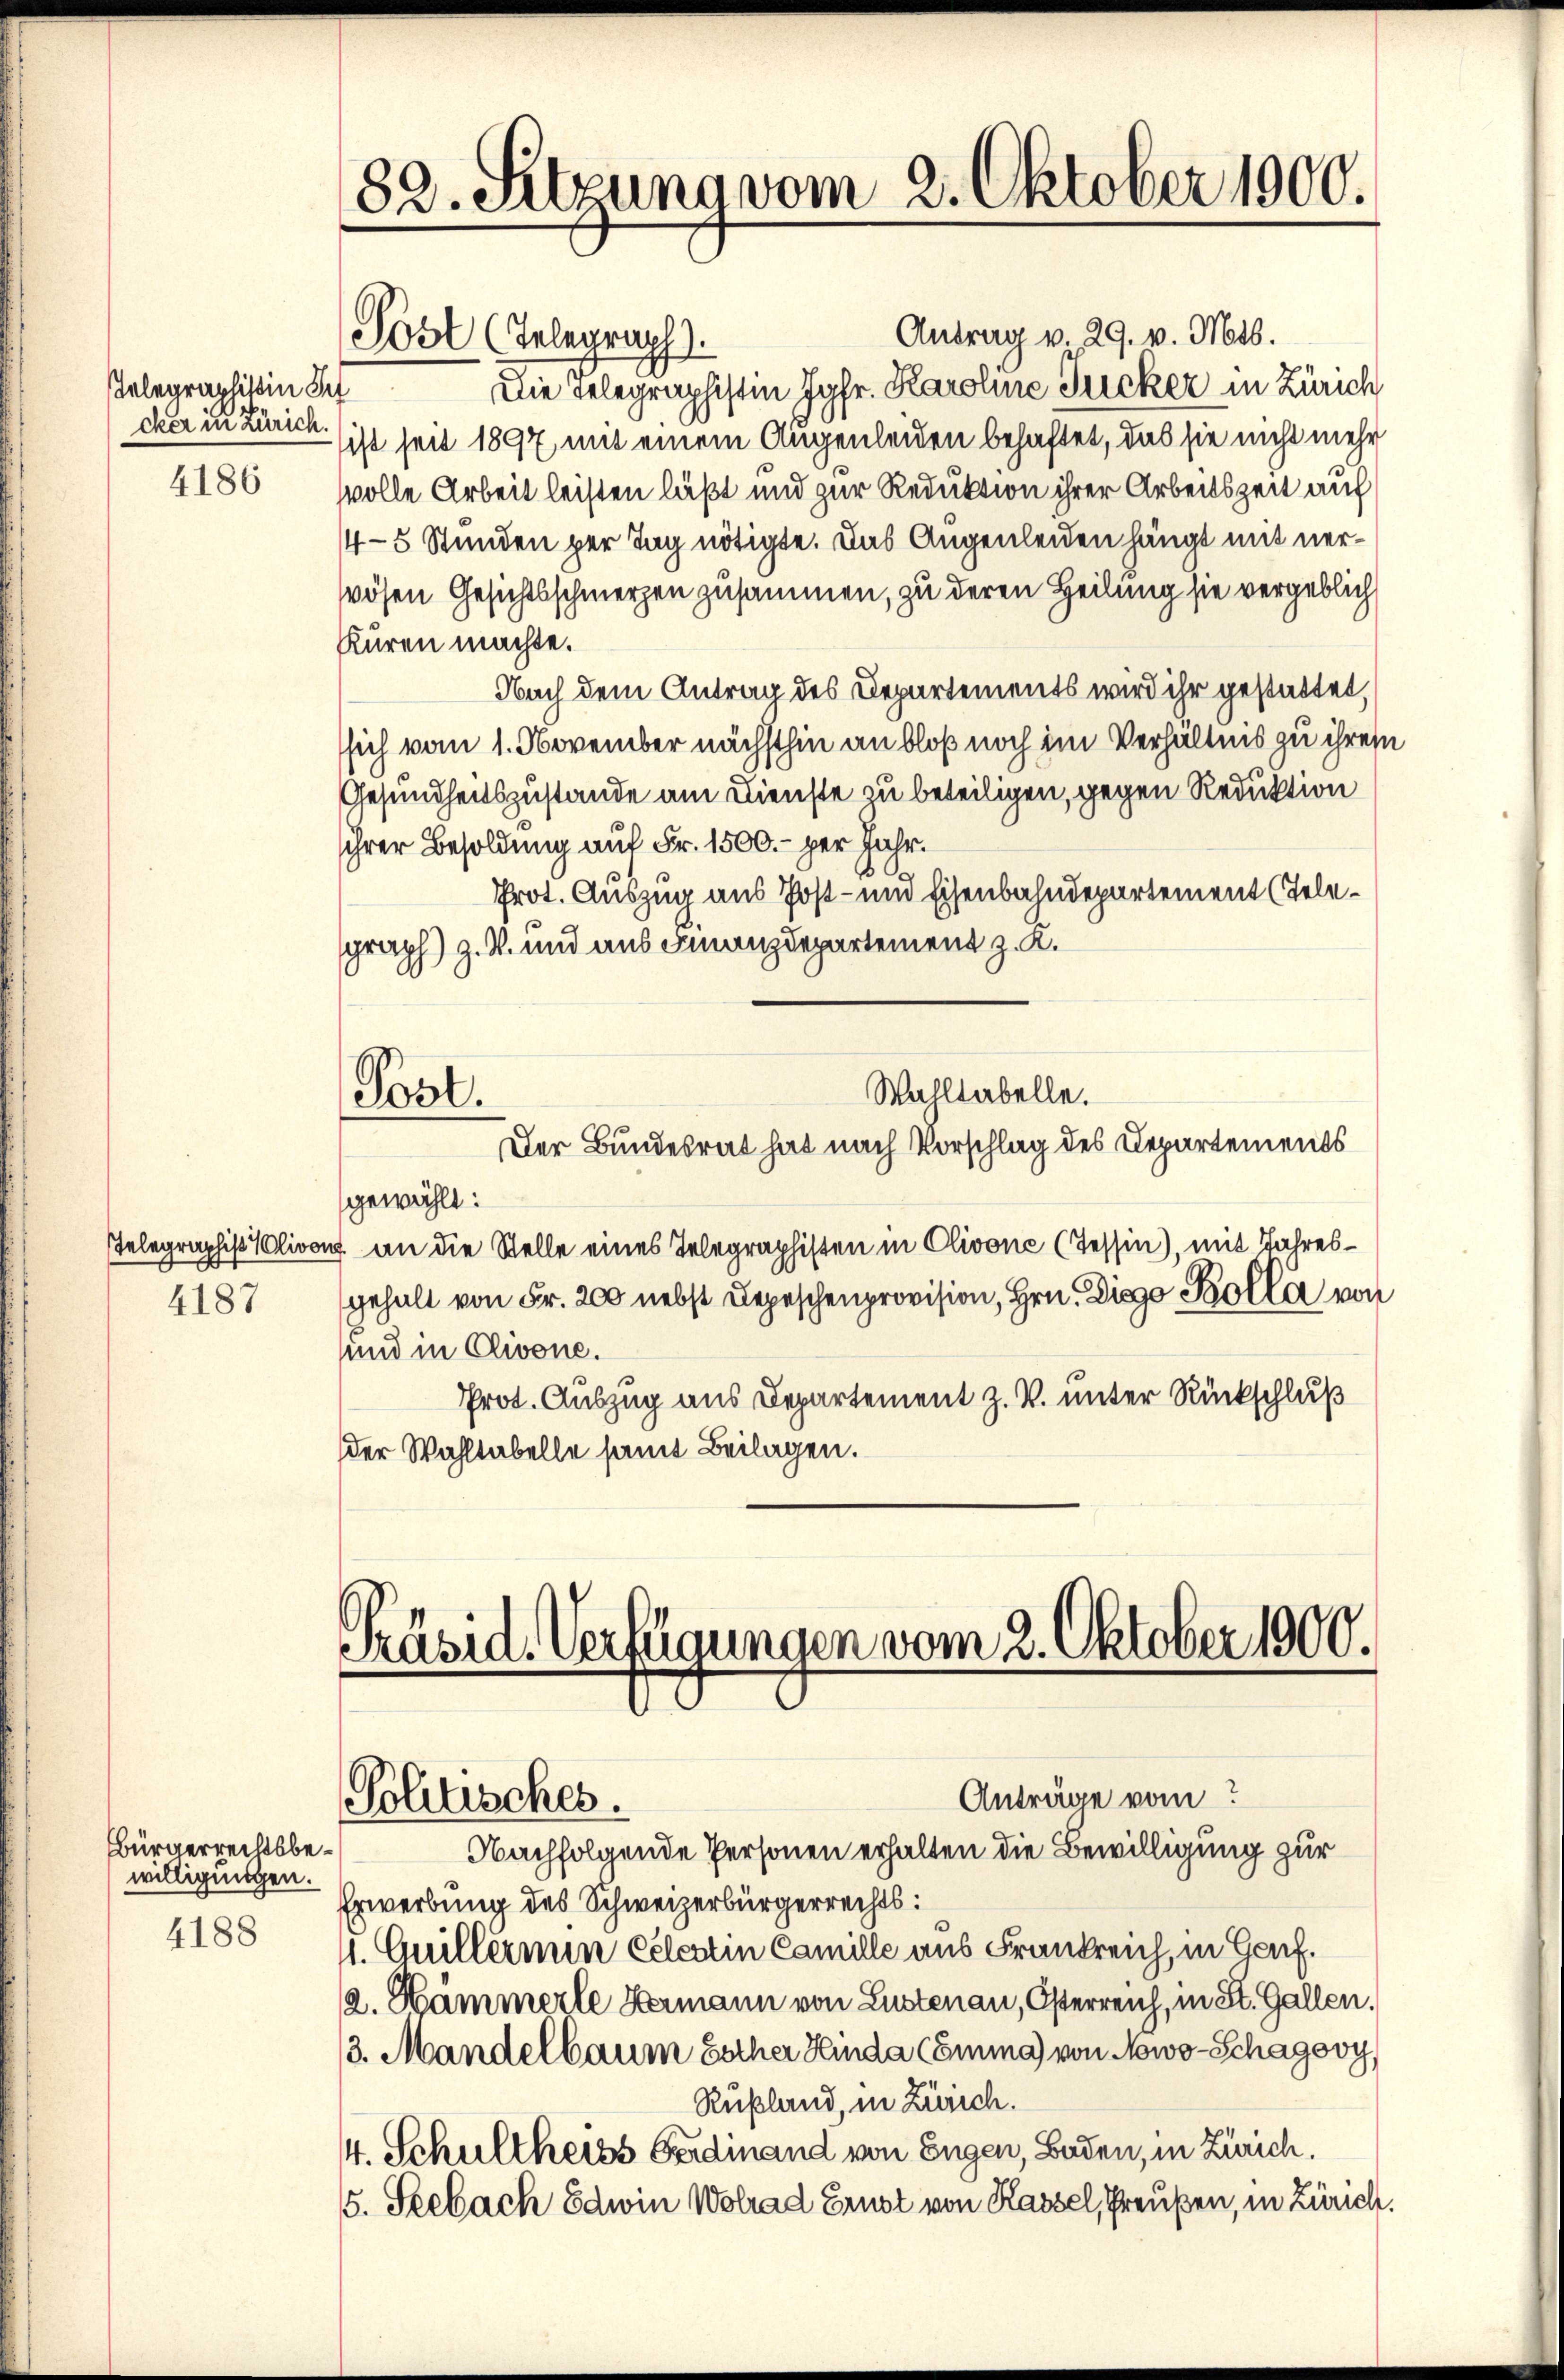
Telegraphistin Sch
cker in Zürich.
4186

4187

Bürgerrechtsbewilligungen.
4188

82. Sitzuna vom 2. Oktober 1900.

Antrag v. 29. v. Mts.
Post (Telegraph
Die Telegraphistin Jgfr. Karoline Zucker in Zürich
sist seit 1897 mit einem Augenleiden behaftet, das sie nicht mehr
svolle Arbeit leisten läßt und zur Reduktion ihrer Arbeitszeit auf
4-5 Stunden per Tag nötigte. Das Augenleiden hängt mit nerwöhen Gesichtsschmerzen zusammen, zu deren Heilung sie vergeblich
Kuren machte.
Nach dem Antrag des Departements wird ihr gestattet,
ssich vom 1. November nächsthin an bloß noch im Verhältnis zu ihrem
Gesundheitszustande am Dienste zu beteiligen, gegen Reduktion
ihrer Besoldung auf Fr. 1500.- per Jahr.
Prot. Auszug aus Post- und Eisenbahndepartement (Telegraph) z. B. und aus Finanzdepartement z. K.
Wahltabelle.
Post.
Der Bundesrat hat nach Vorschlag des Departements
gewählt:
Telegraphis Clivon an die Stelle eines Telegraphisten in Clivone (Tessin), mit Jahresgehalt von Fr. 200 nebst Depeschenprovision, Hrn. Diese Bolle von
und in Clivone.
Prot. Auszug aus Departement z. B. unter Rückschluß
der Wahltabelle samt Beilagen.

Präsid. Verfügungen vom 2. Oktober 1900.

Politisches.

Anträge vom
Nachfolgende Personen erhalten die Bewilligung zur
Erwerbung des Schweizerbürgerrechts:
. Guillermin Celentin Camille aus Frankreich, in Genf.
a. Hammerle Hermann von Lustenau, Österreich, in St. Gallen.
3. Mandelbaum Escher Hinda (Emma) von Nowo-Schagovy,
Rußland, in Zürich.
4. Schultheits Ferdinand von Engen, Baden, in Zürich.
5. Seebach Edwin Wolrad Ernst von Kassel, Preußen, in Zürich.